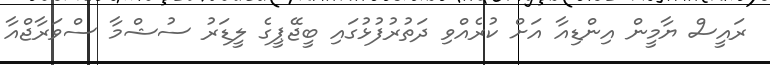
ރައީސް ޔާމީން އިންޑިއާ އަށް ކުރެއްވި ދަތުރުފުޅުގައި ބީޖޭޕީގެ ލީޑަރު ސުޝްމާ ސްވަރާޖްއާ